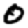
Digit: 0